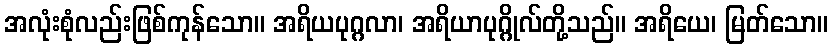
အလုံးစုံလည်းဖြစ်ကုန်သော။ အရိယပုဂ္ဂလာ၊ အရိယာပုဂ္ဂိုလ်တို့သည်။ အရိယေ၊ မြတ်သော။